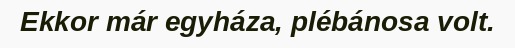
Ekkor már egyháza, plébánosa volt.